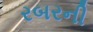
રબરની